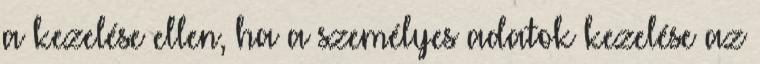
a kezelése ellen, ha a személyes adatok kezelése az